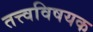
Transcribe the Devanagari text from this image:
तत्त्वविषयक